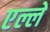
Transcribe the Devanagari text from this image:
एल्ले